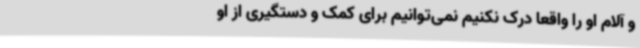
و آلام او را واقعاً درک نکنیم نمی‌توانیم برای کمک و دستگیری از او